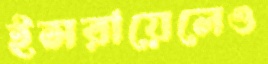
ইসরায়েলেও